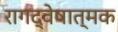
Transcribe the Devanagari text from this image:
रागद्वेषात्मक